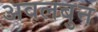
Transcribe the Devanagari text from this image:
अवलबुन